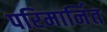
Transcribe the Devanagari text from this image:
परिमार्नित